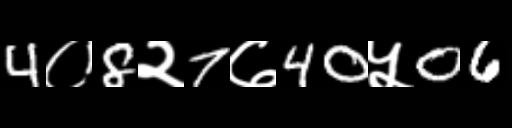
Text: 4०8२7७40५06